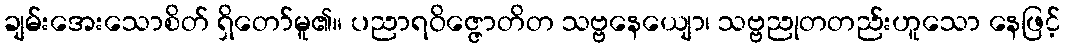
ချမ်းအေးသောစိတ် ရှိတော်မူ၏။ ပညာရဝိဇ္ဇောတိတ သဗ္ဗနေယျော၊ သဗ္ဗညုတတည်းဟူသော နေဖြင့်